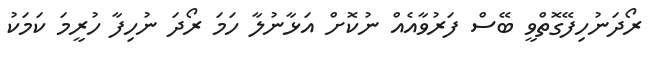
ރޯދަނުހިފޭގޮތްވީ ބޭސް ފަރުވާއެއް ނުކޮށް އަޅާނުލާ ހަމަ ރޯދަ ނުހިފާ ހުރީމަ ކަމަކު